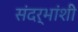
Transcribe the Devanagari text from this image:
संदर्भांंशी